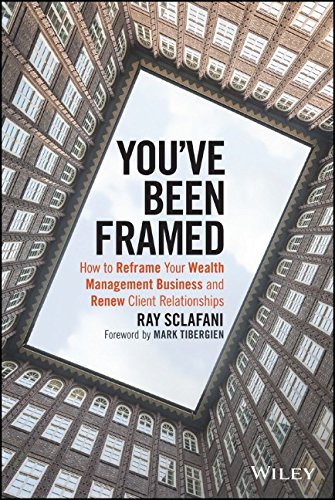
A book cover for You've Been Framed: How to Reframe Your Wealth Management Business and Renew Client Relationships; Ray Sclafani; Business & Money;